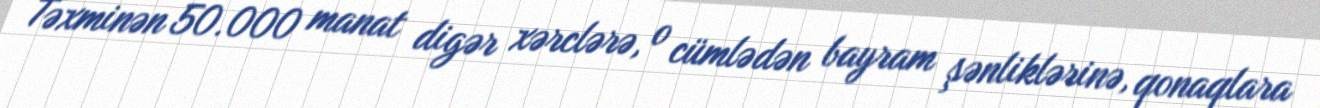
Təxminən 50.000 manat digər xərclərə, o cümlədən bayram şənliklərinə, qonaqlara